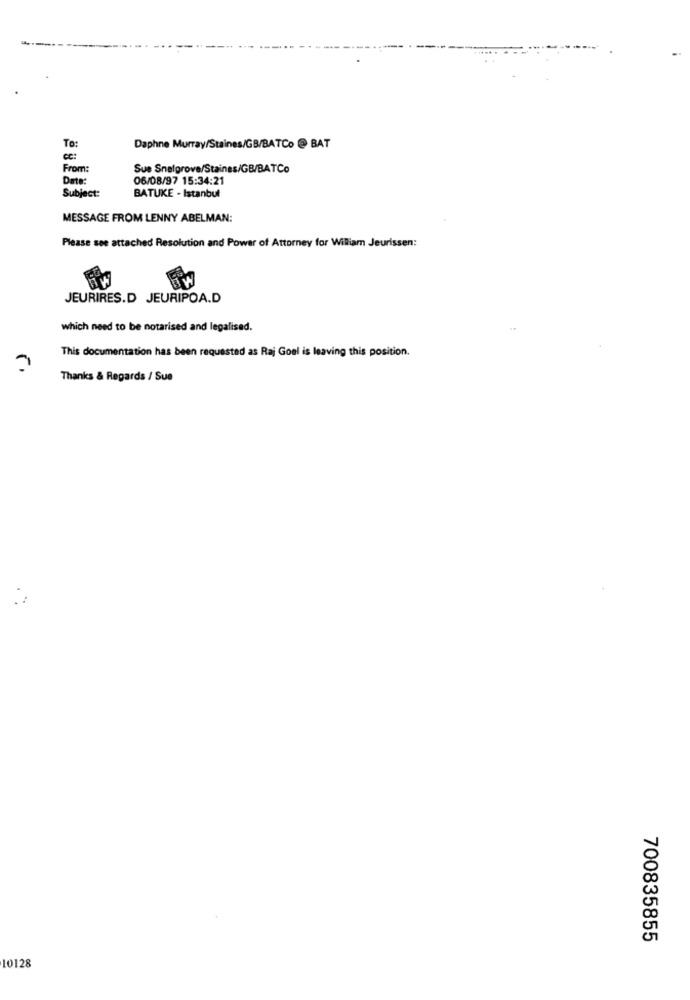
TO:
Daphne Murray/Staines/GB/BATCo @ BAT
cc:
From:
Sue Snelgrove/Staines/GB/BATCo
Date:
06/08/97 15:34:21
Subject:
BATUKE - Istanbul
MESSAGE FROM LENNY ABELMAN:
Please see attached Resolution and Power of Attorney for William Jeurissen:
JEURIRES.D JEURIPOA.D
which need to be notarised and legalised.
This documentation has been requested as Raj Goel is leaving this position.
Thanks & Regards / Sue
700835855
10128